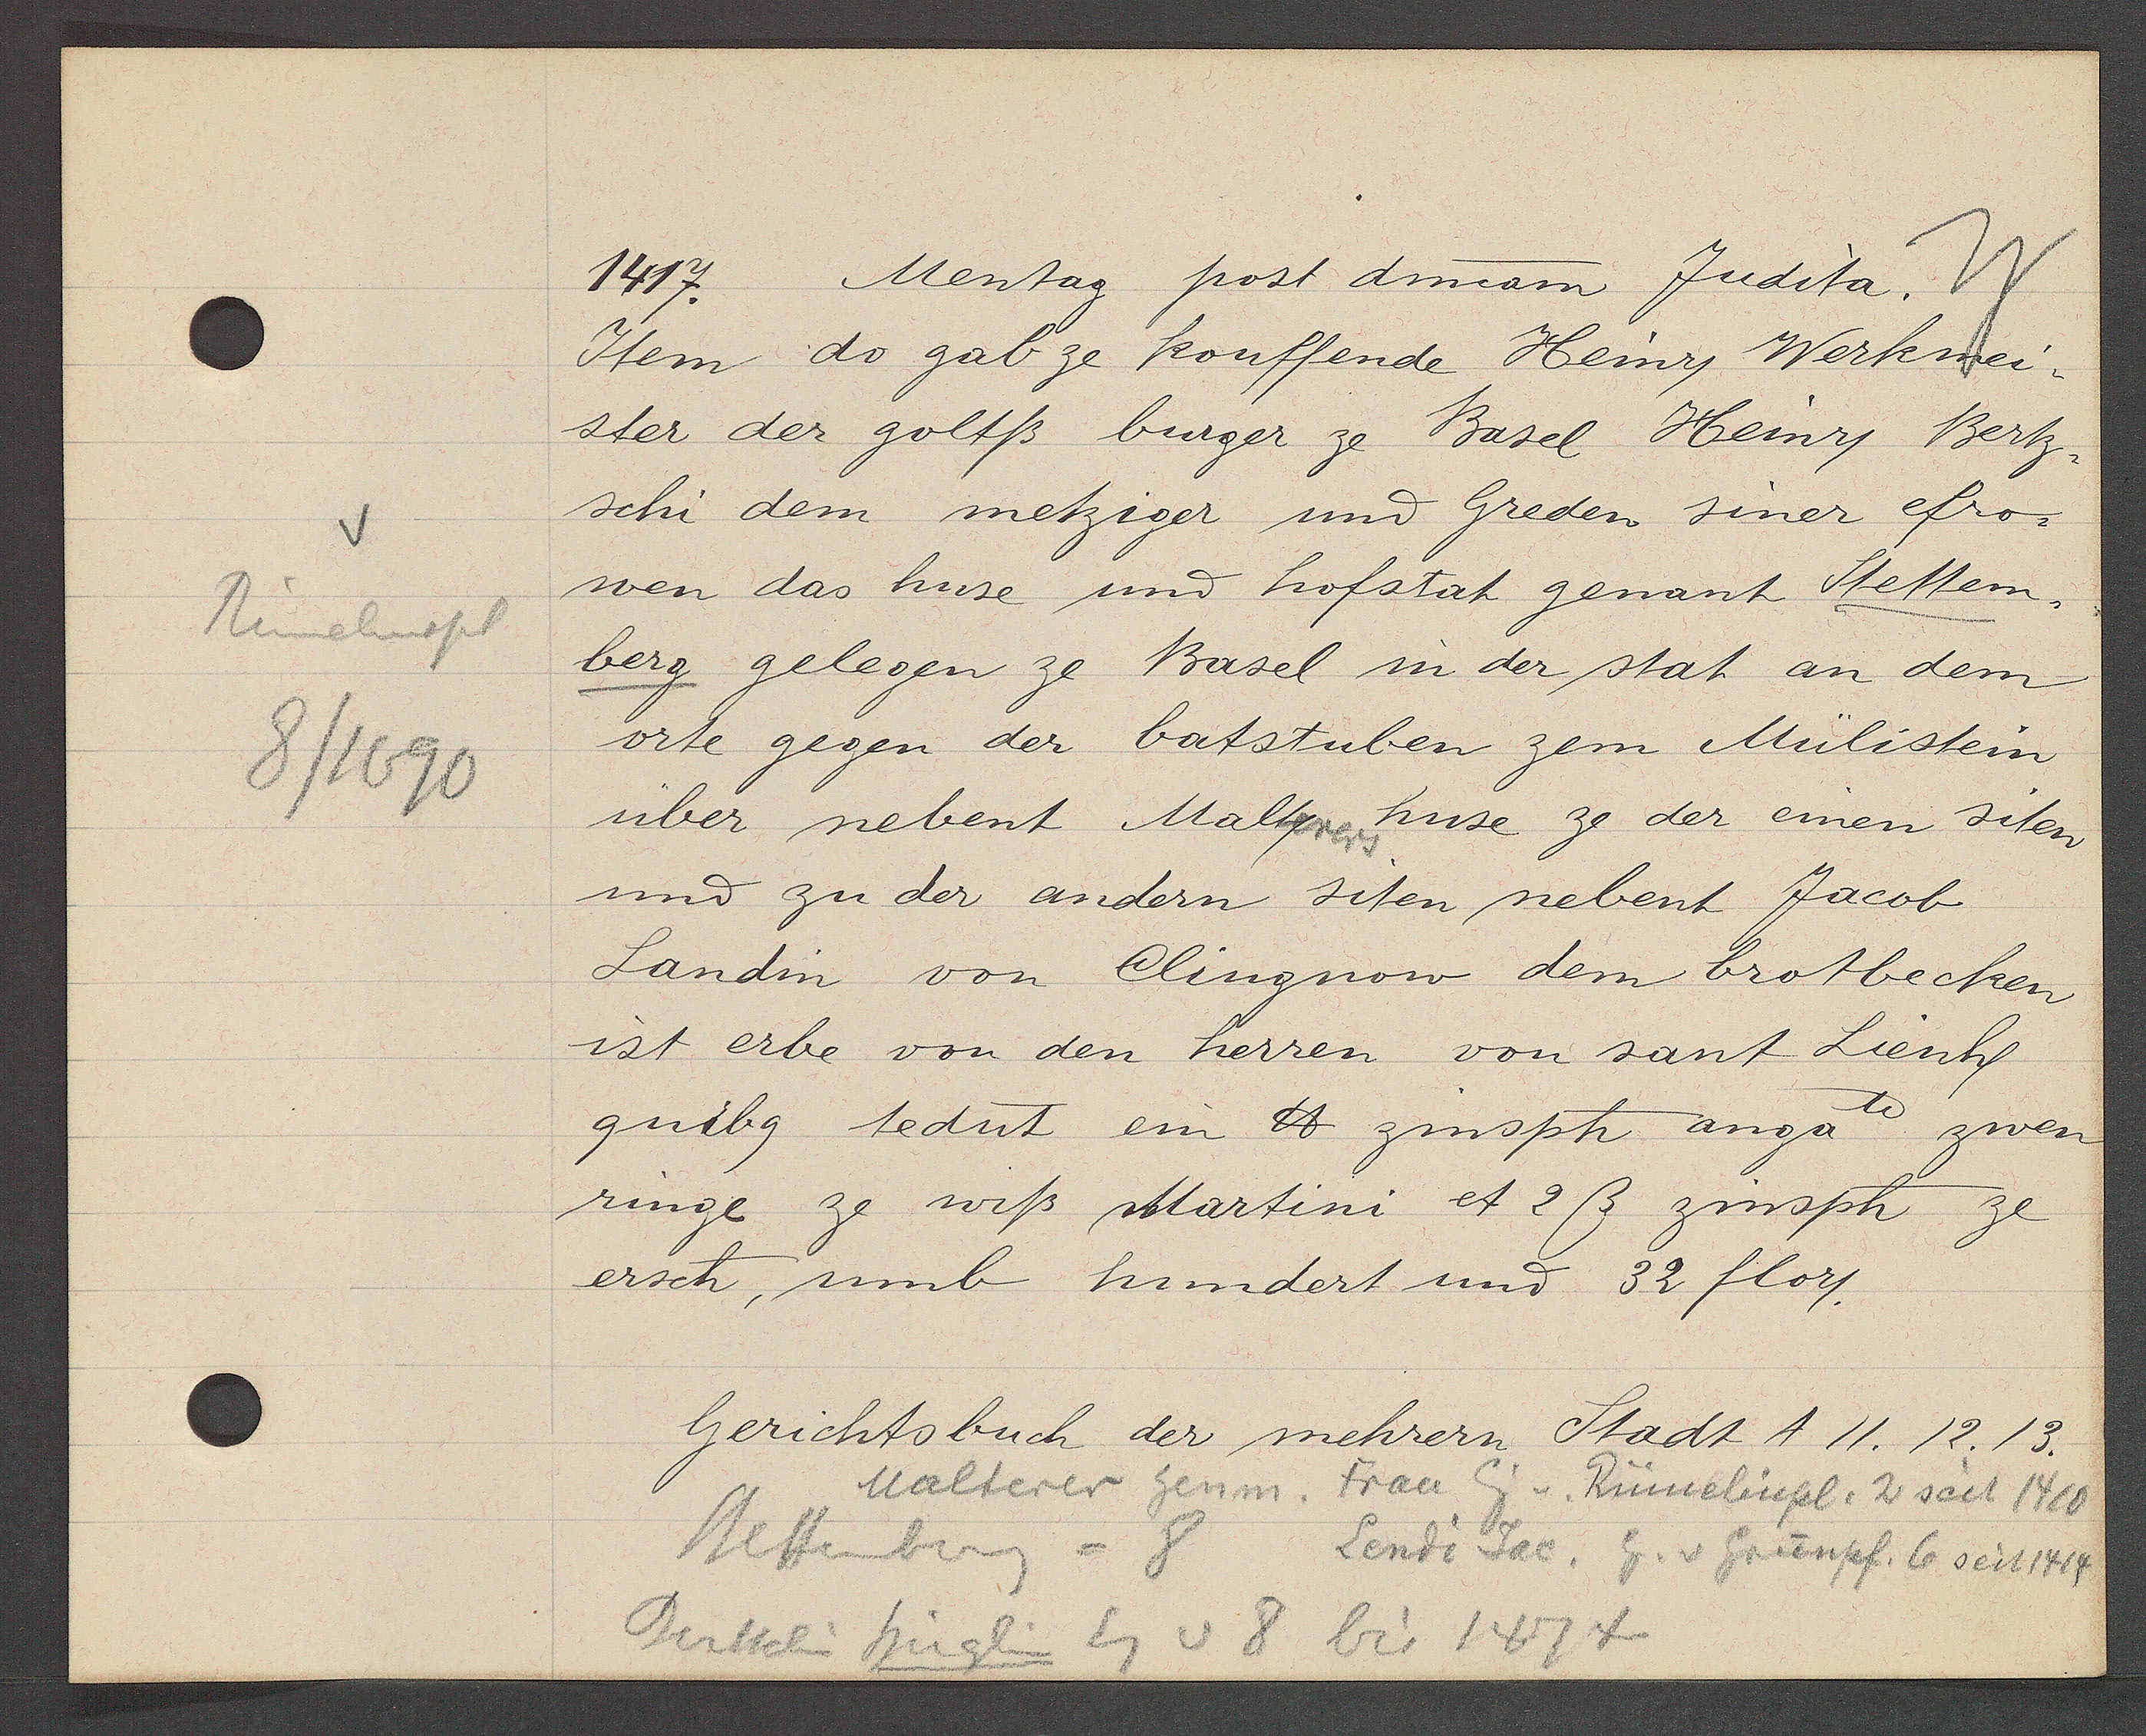
Transcript:
Rümelinspl
8/1690

Mentag post dmam Judita.
1417.
Item do gab ze kouffende Heinry Werkmei¬
ster der goltß buger ze Basel Heinry Bertz¬
schi dem metziger und Greden siner efro¬
wen das huse und hofstat genant Stetten¬
berg gelegen ze Basel in der stat an dem
orte gegen der batstuben zem Mülistein,
über nebent Maltz huse ze der einen siten
und zu der andern siten nebent Jacob
Landin von Clingnow dem brotbecken
ist erbe von den herren von sant Lienh
quibg tedut ein ℔ zinsph anga zwen
ringe ze wiß Martini et 2ß zinsph ze
ersch, umb hundert und 32 flory.

Gerichtsbuch der mehrern Stadt A 11. 12. 13.
Malterer henm. Frau. Eig v. Rümelinpl. 2 seit 1410

Steffenberg = 8
Lendi Jac. Eg. v Grünpf. 6 seit 1414
Eg v 8 bis 1474
Bertschi hüglin